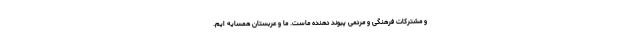
و مشترکات فرهنگی و مردمی پیوند دهنده ماست. ما و عربستان همسایه ایم.